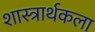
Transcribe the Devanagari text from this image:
शास्त्रार्थकला